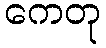
ကေတု